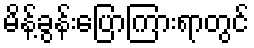
မိန့်ခွန်းပြောကြားရာတွင်